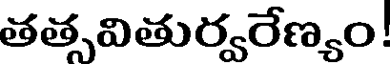
తత్సవితుర్వరేణ్యం!